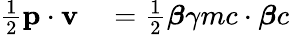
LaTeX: \begin{array}{rl}{{\frac{1}{2}}\mathbf{p}\cdot\mathbf{v}}&{{}={\frac{1}{2}}{\boldsymbol{\beta}}\gamma mc\cdot{\boldsymbol{\beta}}c}\end{array}